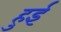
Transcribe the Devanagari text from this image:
हुर्इं